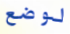
لوضع